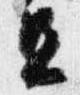
旦